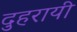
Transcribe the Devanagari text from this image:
दुहरायी